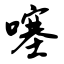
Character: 噻